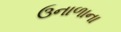
ઉનાળાના